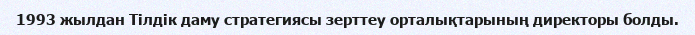
1993 жылдан Тілдік даму стратегиясы зерттеу орталықтарының директоры болды.